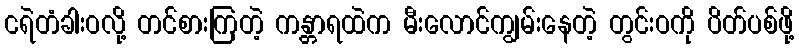
ငရဲတံခါးဝလို့ တင်စားကြတဲ့ ကန္တာရထဲက မီးလောင်ကျွမ်းနေတဲ့ တွင်းဝကို ပိတ်ပစ်ဖို့